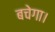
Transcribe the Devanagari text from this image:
बचेगा।